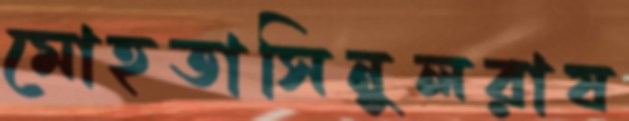
মোহতাসিনুলরাষ